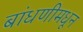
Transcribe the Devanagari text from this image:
बांधणीमधून